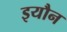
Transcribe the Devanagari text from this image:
इयौन